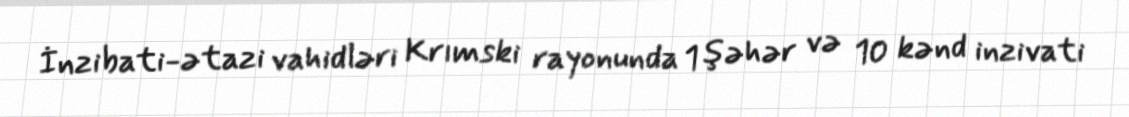
İnzibati-ətazi vahidləri Krımski rayonunda 1 şəhər və 10 kənd inzivati